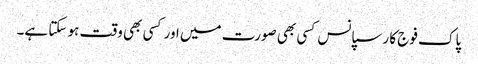
پاک فوج کا رسپانس کسی بھی صورت میں اور کسی بھی وقت ہو سکتا ہے۔